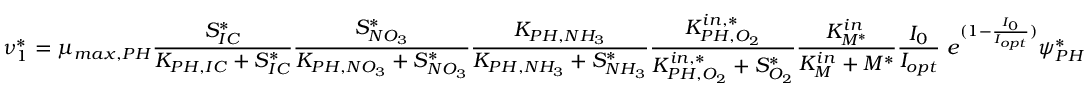
\nu _ { 1 } ^ { * } = \mu _ { m a x , P H } \frac { S _ { I C } ^ { * } } { K _ { P H , I C } + S _ { I C } ^ { * } } \frac { S _ { N O _ { 3 } } ^ { * } } { K _ { P H , N O _ { 3 } } + S _ { N O _ { 3 } } ^ { * } } \frac { K _ { P H , N H _ { 3 } } } { K _ { P H , N H _ { 3 } } + S _ { N H _ { 3 } } ^ { * } } \frac { K _ { P H , O _ { 2 } } ^ { i n , * } } { K _ { P H , O _ { 2 } } ^ { i n , * } + S _ { O _ { 2 } } ^ { * } } \frac { K _ { M ^ { * } } ^ { i n } } { K _ { M } ^ { i n } + M ^ { * } } \frac { I _ { 0 } } { I _ { o p t } } \ e ^ { ( 1 - \frac { I _ { 0 } } { I _ { o p t } } ) } \psi _ { P H } ^ { * }